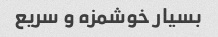
بسیار خوشمزه و سریع